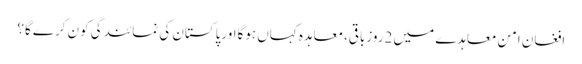
افغان امن معاہدے میں 2روزباقی،معاہدہ کہاں ہوگااورپاکستان کی نمائندگی کون کرے گا؟